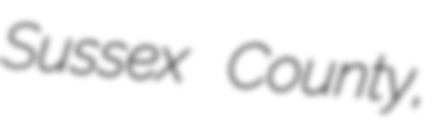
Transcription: Sussex County,